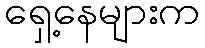
ရှေ့နေများက